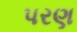
પરણ